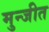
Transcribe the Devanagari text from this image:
मुन्जीत